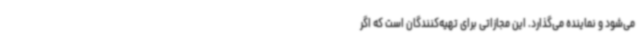
می‌شود و نماینده می‌گذارد. این مجازاتی برای تهیه‌کنندگان است که اگر